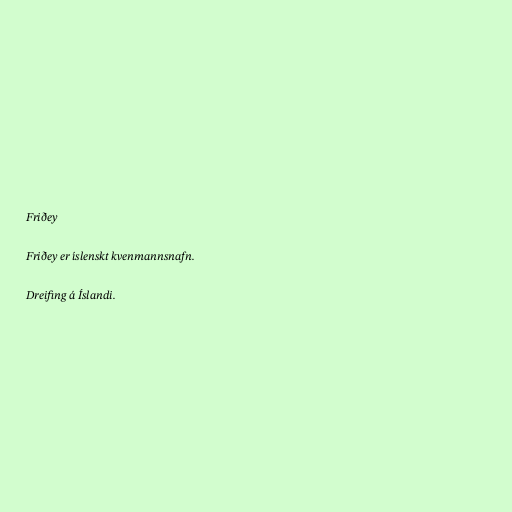
Friðey

Friðey er íslenskt kvenmannsnafn.

Dreifing á Íslandi.